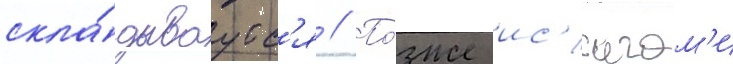
скла́дываутс'я // По́зже ис'игам'и